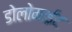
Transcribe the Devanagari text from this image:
डोलोमाईट